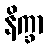
နိက္ခာ